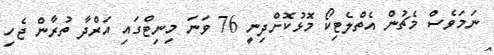
ނަމަވެސް މެޗުން އެތްލެޓިކޯ މޮޅުކޮށްދިނީ 76 ވަނަ މިނިޓްގައި އަރްދާ ތުރާން ޖެހި